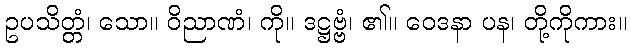
ဥပသိတ္တံ၊ သော။ ဝိညာဏံ၊ ကို။ ဒဋ္ဌဗ္ဗံ၊ ၏။ ဝေဒနာ ပန၊ တို့ကိုကား။